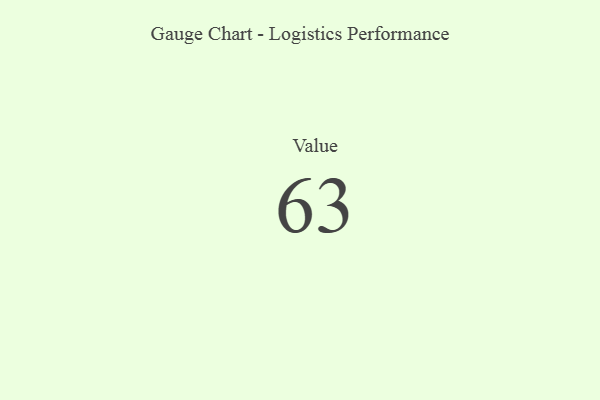
{"axis": {"x": "Metric", "y": "Value"}, "legend": [""], "data": [{"x": "Value", "y": 63, "type": ""}]}